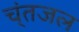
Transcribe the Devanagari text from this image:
च्ंतजल